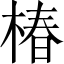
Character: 椿